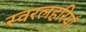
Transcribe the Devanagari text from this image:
स्वरलहरियाँ